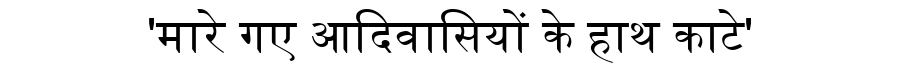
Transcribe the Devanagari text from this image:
'मारे गए आदिवासियों के हाथ काटे'